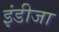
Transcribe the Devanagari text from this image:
इंडीजा